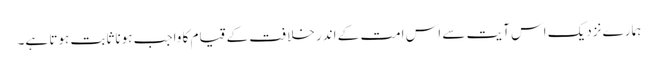
ہمارے نزدیک اس آیت سے اس امت کے اندر خلافت کے قیام کا واجب ہونا ثابت ہوتا ہے۔